Calcutta medical institutions reports 1871-78
Year: 1871
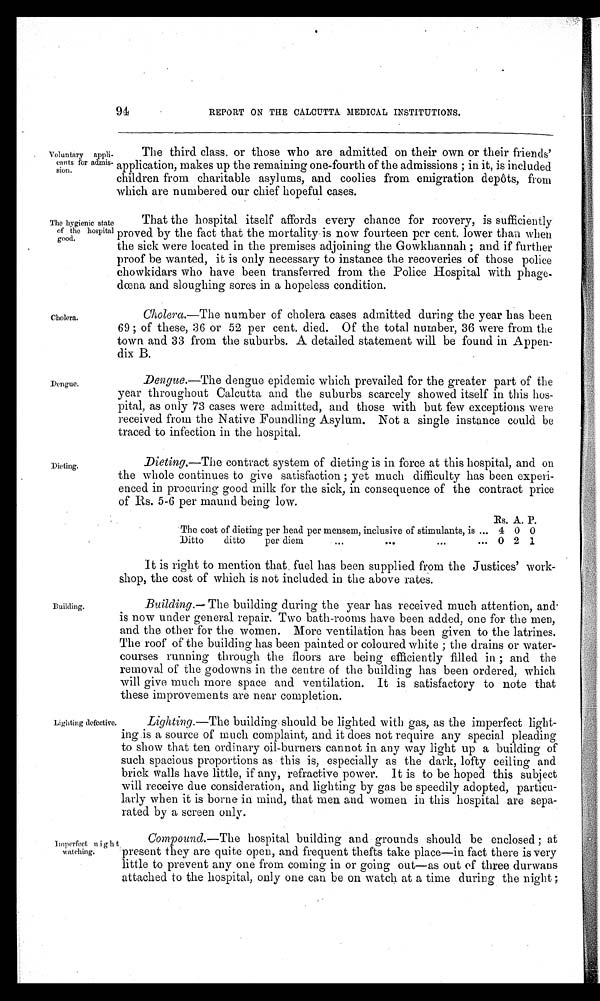
94
REPORT ON THE CALCUTTA MEDICAL INSTITUTIONS.
Voluntary appli-
cants for admis-
sion.
The hygienic state
of the hospital
good.
The third class, or those who are admitted on their own or their friends'
application, makes up the remaining one-fourth of the admissions ; in it, is included
children from charitable asylums, and coolies from emigration depôts, from
which are numbered our chief hopeful cases.
That the hospital itself affords every chance for rcovery, is sufficiently
proved by the fact that the mortality is now fourteen per cent. lower than when
the sick were located in the premises adjoining the Gowkhannah ; and if further
proof be wanted, it is only necessary to instance the recoveries of those police
chowkidars who have been transferred from the Police Hospital with phage-
dœna and sloughing sores in a hopeless condition.
Cholera.
Dengue.
Dieting.
Building.
Cholera.—The number of cholera cases admitted during the year has been
69 ; of these, 36 or 52 per cent. died. Of the total number, 36 were from the
town and 33 from the suburbs. A detailed statement will be found in Appen-
dix B.
Dengue.—The dengue epidemic which prevailed for the greater part of the
year throughout Calcutta and the suburbs scarcely showed itself in this hos-
pital, as only 73 cases were admitted, and those with but few exceptions were
received from the Native Foundling Asylum. Not a single instance could be
traced to infection in the hospital.
Dieting. —The contract system of dieting is in force at this hospital, and on
the whole continues to give satisfaction ; yet much difficulty has been experi-
enced in procuring good milk for the sick, in consequence of the contract price
of Rs. 5-6 per maund being low.
Rs. A. P.
The cost of dieting per head per mensem, inclusive of stimulants, is ... 4 0 0
Ditto ditto per diem
...
. . .
...
... 0 2 1
It is right to mention that, fuel has been supplied from the Justices' work-
shop, the cost of which is not included in the above rates.
Building.— The building during the year has received much attention, and
is now under general repair. Two bath-rooms have been added, one for the men,
and the other for the women. More ventilation has been given to the latrines.
The roof of the building has been painted or coloured white ; the drains or water-
courses running through the floors are being efficiently filled in ; and the
removal of the godowns in the centre of the building has been ordered, which
will give much more space and ventilation. It is satisfactory to note that
these improvements are near completion.
Lighting defective.
Imperfect night
watching.
Lighting. —The building should be lighted with gas, as the imperfect light-
ing is a source of much complaint, and it does not require any special pleading
to show that ten ordinary oil-burners cannot in any way light up a building of
such spacious proportions as this is, especially as the dark, lofty ceiling and
brick walls have little, if any, refractive power. It is to be hoped this subject
will receive due consideration, and lighting by gas be speedily adopted, particu-
larly when it is borne in mind, that men and women in this hospital are sepa-
rated by a screen only.
Compound .—The hospital building and grounds should be enclosed ; at
present they are quite open, and frequent thefts take place—in fact there is very
little to prevent any one from coming in or going out—as out of three durwans
attached to the hospital, only one can be on watch at a time during the night ;